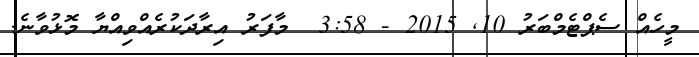
މީހެއް ސެޕްޓެމްބަރު 10